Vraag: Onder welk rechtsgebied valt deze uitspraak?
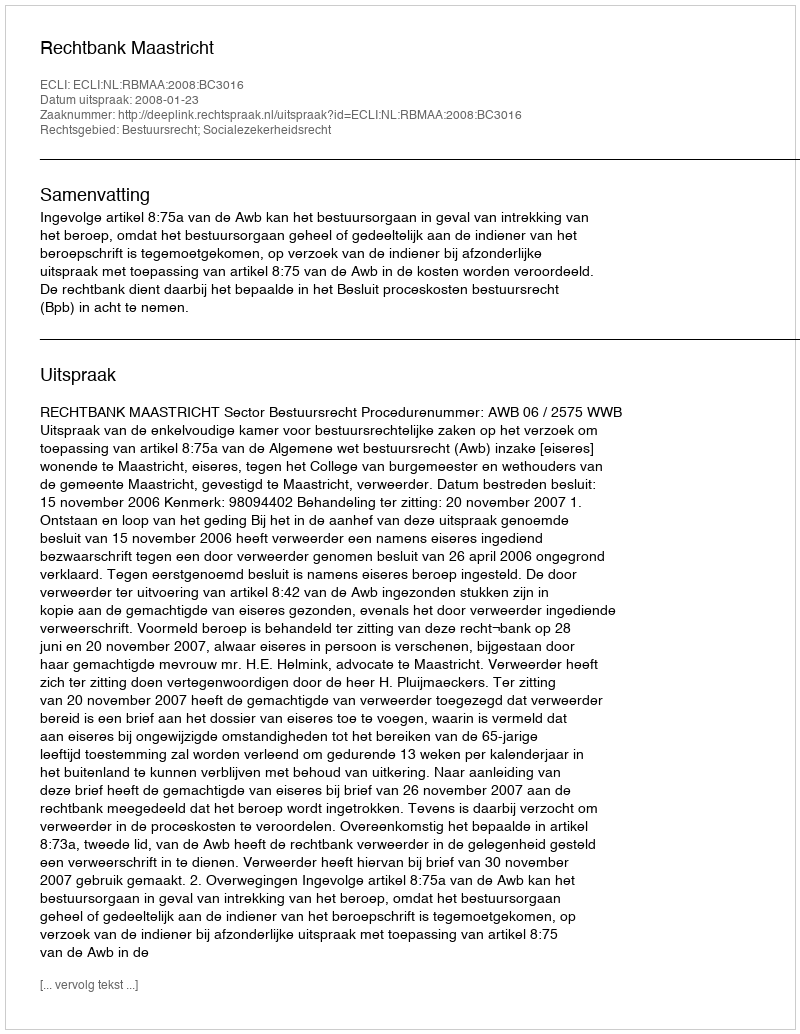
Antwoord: Bestuursrecht; Socialezekerheidsrecht